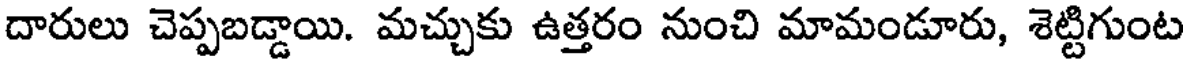
దారులు చెప్పబడ్డాయి. మచ్చుకు ఉత్తరం నుంచి మామండూరు, శెట్టిగుంట